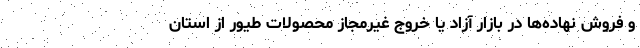
و فروش نهاده‌ها در بازار آزاد یا خروج غیرمجاز محصولات طیور از استان